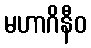
မဟာဂိနီဝ